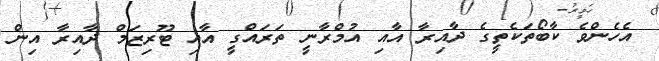
އެހެންވެ ކާބޯތަކެތީގެ ދާއިރާ އާއި އުމްރާނީ ތަރައްގީ އާއި ޓޫރިޒަމް ދާއިރާ އިން